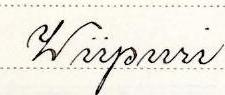
Wiipuri